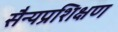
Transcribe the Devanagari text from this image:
सैन्यप्रशिक्षण